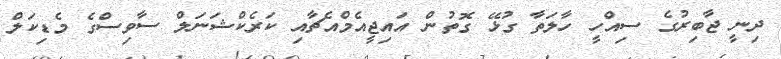
ދިނީ ޖާބިރުގެ ސިއްހީ ހާލަތާ ގުޅޭ ގޮތުން އައިޖީއެމްއެޗާއި ކަރެކްޝަނަލް ސާވިސްގެ މެޑިކަލް